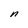
Character: n